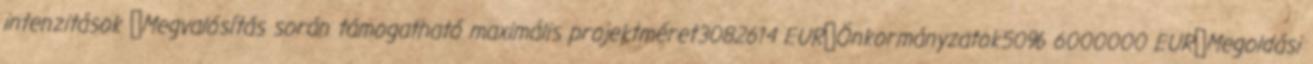
intenzitások ▪Megvalósítás során támogatható maximális projektméret3082614 EUR▪Önkormányzatok50% 6000000 EUR▪Megoldási